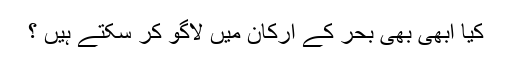
کیا ابھی بھی بحر کے ارکان میں لاگو کر سکتے ہیں ؟